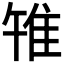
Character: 𨾟